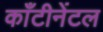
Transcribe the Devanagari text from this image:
काँटीनेंटल